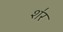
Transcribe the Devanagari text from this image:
श॑र